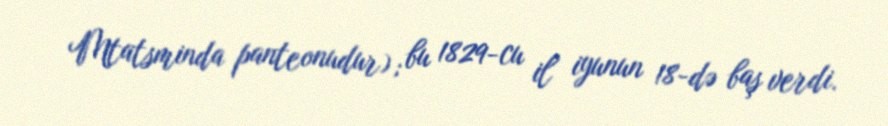
Mtatsminda panteonudur); bu 1829-cu il iyunun 18-də baş verdi.